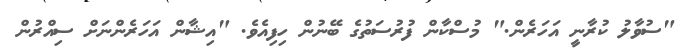
"ސުވާލު ކުރާނީ އަހަރެން." މުސްކާން ފުރުސަތުގެ ބޭނުން ހިފިއެވެ. "އިޝާން އަހަރެންނަށް ސިއްރުން